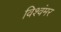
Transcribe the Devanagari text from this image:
विश्वंमर